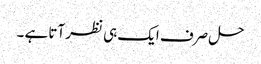
حل صرف ایک ہی نظر آتا ہے ۔